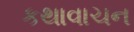
કથાવાચન